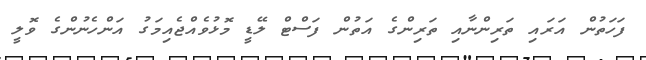
ފަހަތުން އަރައި ތަރިންނާއި ތަރިންގެ އަތުން ފަސްޓް ލޭޑީ މޮޅުވެއްޖެއިމަގު އަންހެނުންގެ ވޮލީ